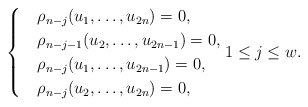
\begin{align*} \begin{cases} &\rho_{n-j}(u_1,\ldots,u_{2n})=0,\\ &\rho_{n-j-1}(u_2,\ldots,u_{2n-1})=0,\\ &\rho_{n-j}(u_1,\ldots,u_{2n-1})=0,\\ &\rho_{n-j}(u_2,\ldots,u_{2n})=0, \end{cases} 1\leq j\leq w. \end{align*}